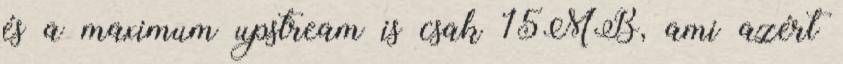
és a maximum upstream is csak 15MB, ami azért